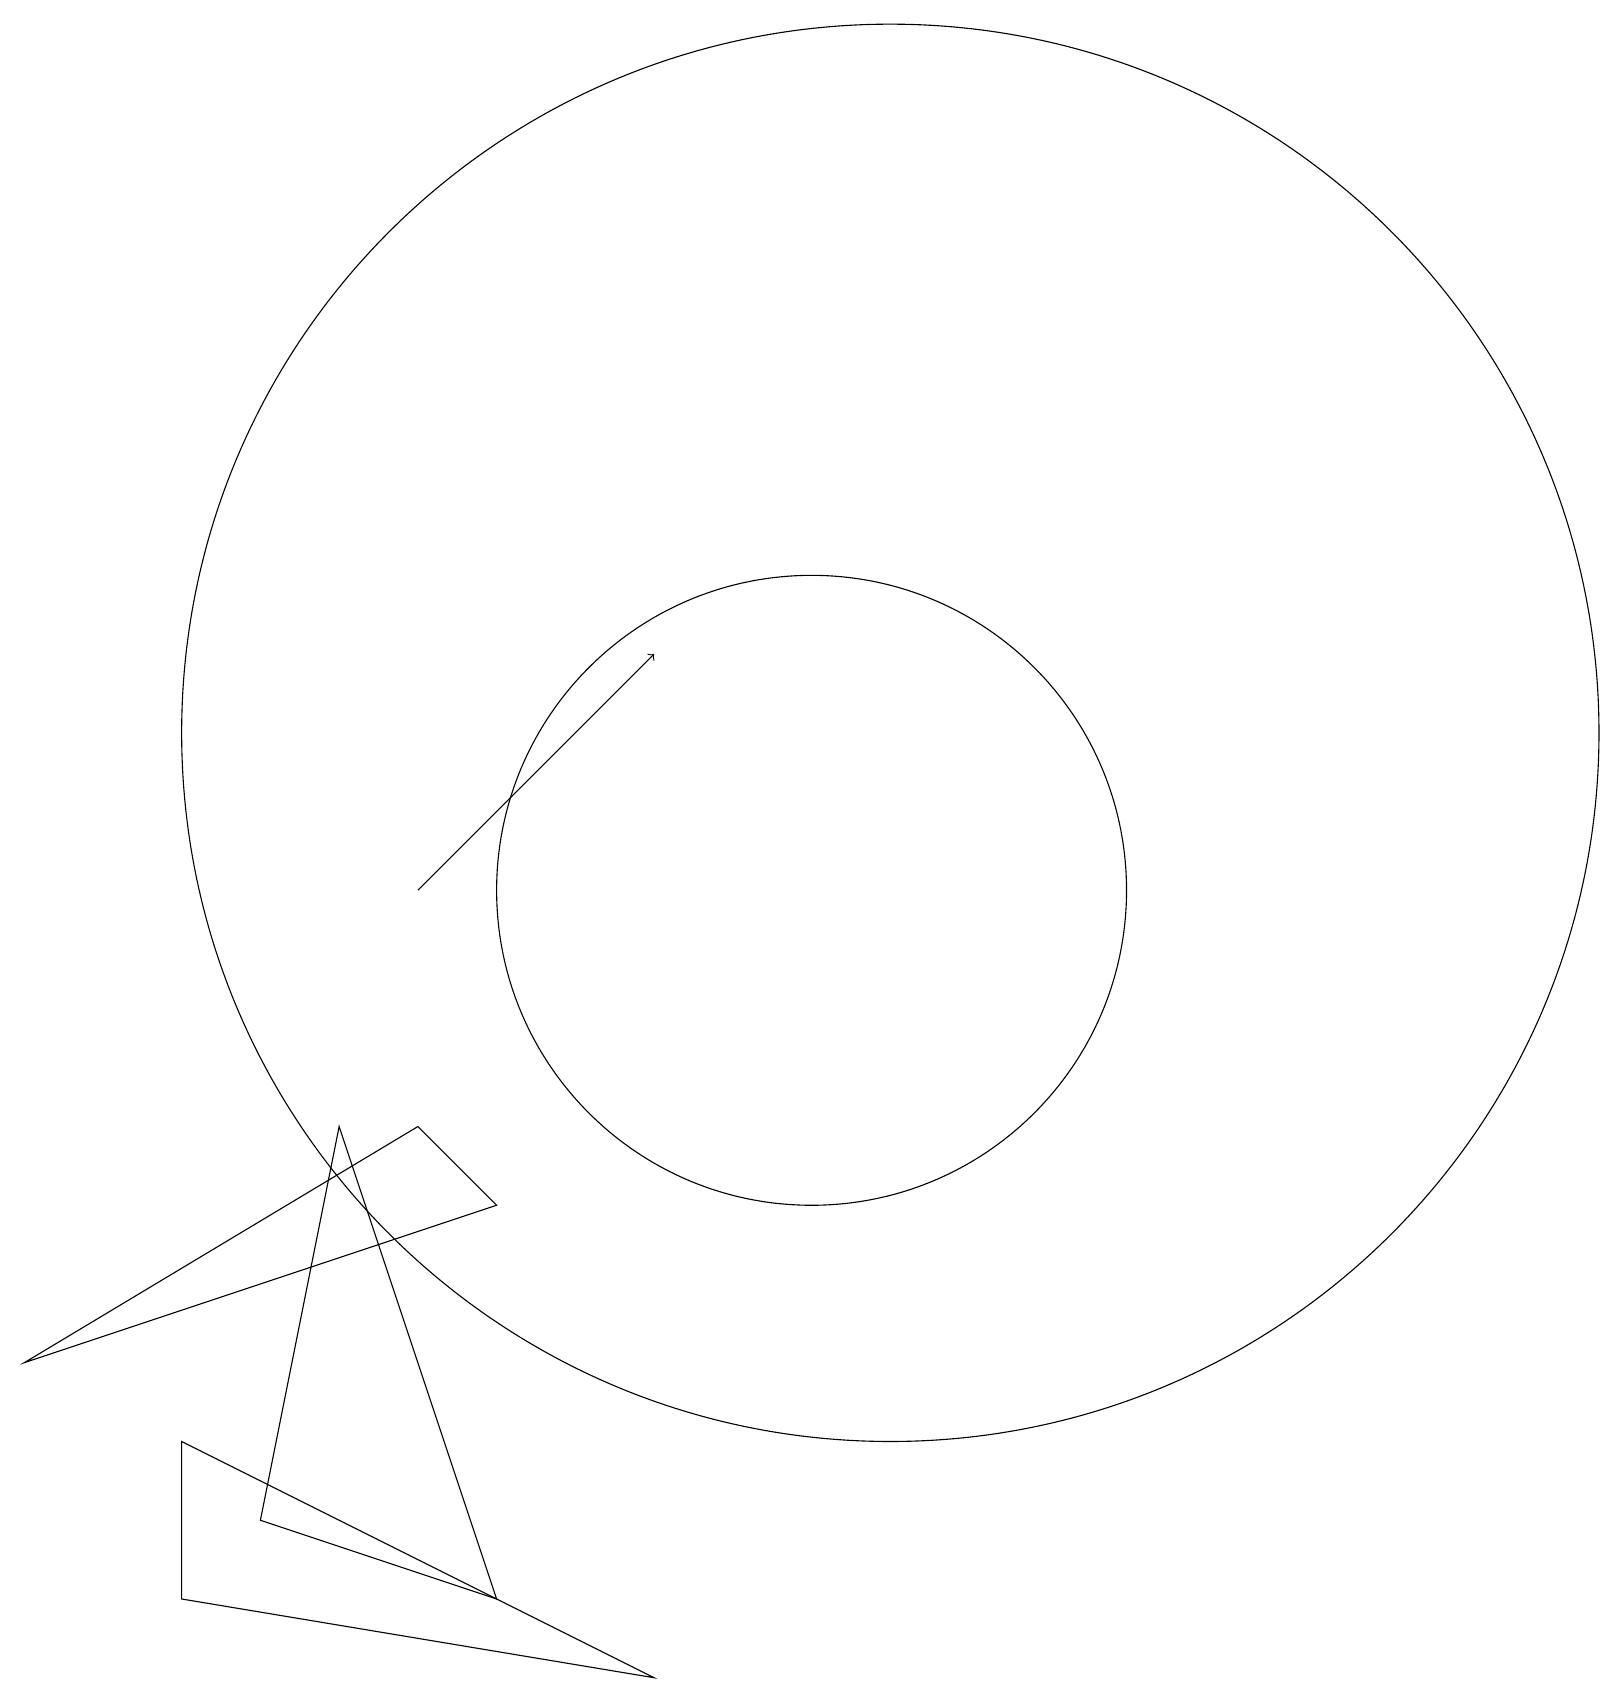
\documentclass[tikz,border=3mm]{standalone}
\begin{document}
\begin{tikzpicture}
\draw (6,6) -- (5,7) -- (0,4) -- cycle;
\draw[->] (5,10) -- (8,13);
\draw (2,3) -- (2,1) -- (8,0) -- cycle;
\draw (6,1) -- (4,7) -- (3,2) -- cycle;
\draw (11,12) circle (9);
\draw (10,10) circle (4);
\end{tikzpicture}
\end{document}